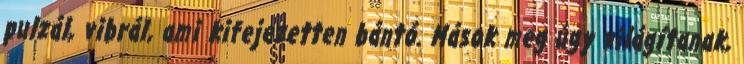
pulzál, vibrál, ami kifejezetten bántó. Mások meg úgy világítanak,